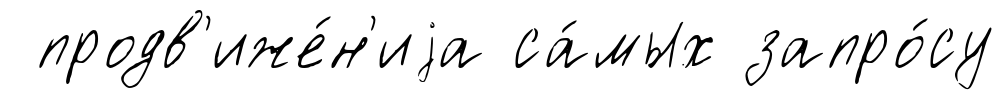
продв'иже́н'иjа са́мых запро́су